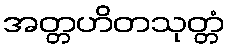
အတ္တဟိတသုတ္တံ